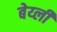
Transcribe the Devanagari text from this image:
बेय्ली